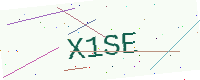
Text: X1SE